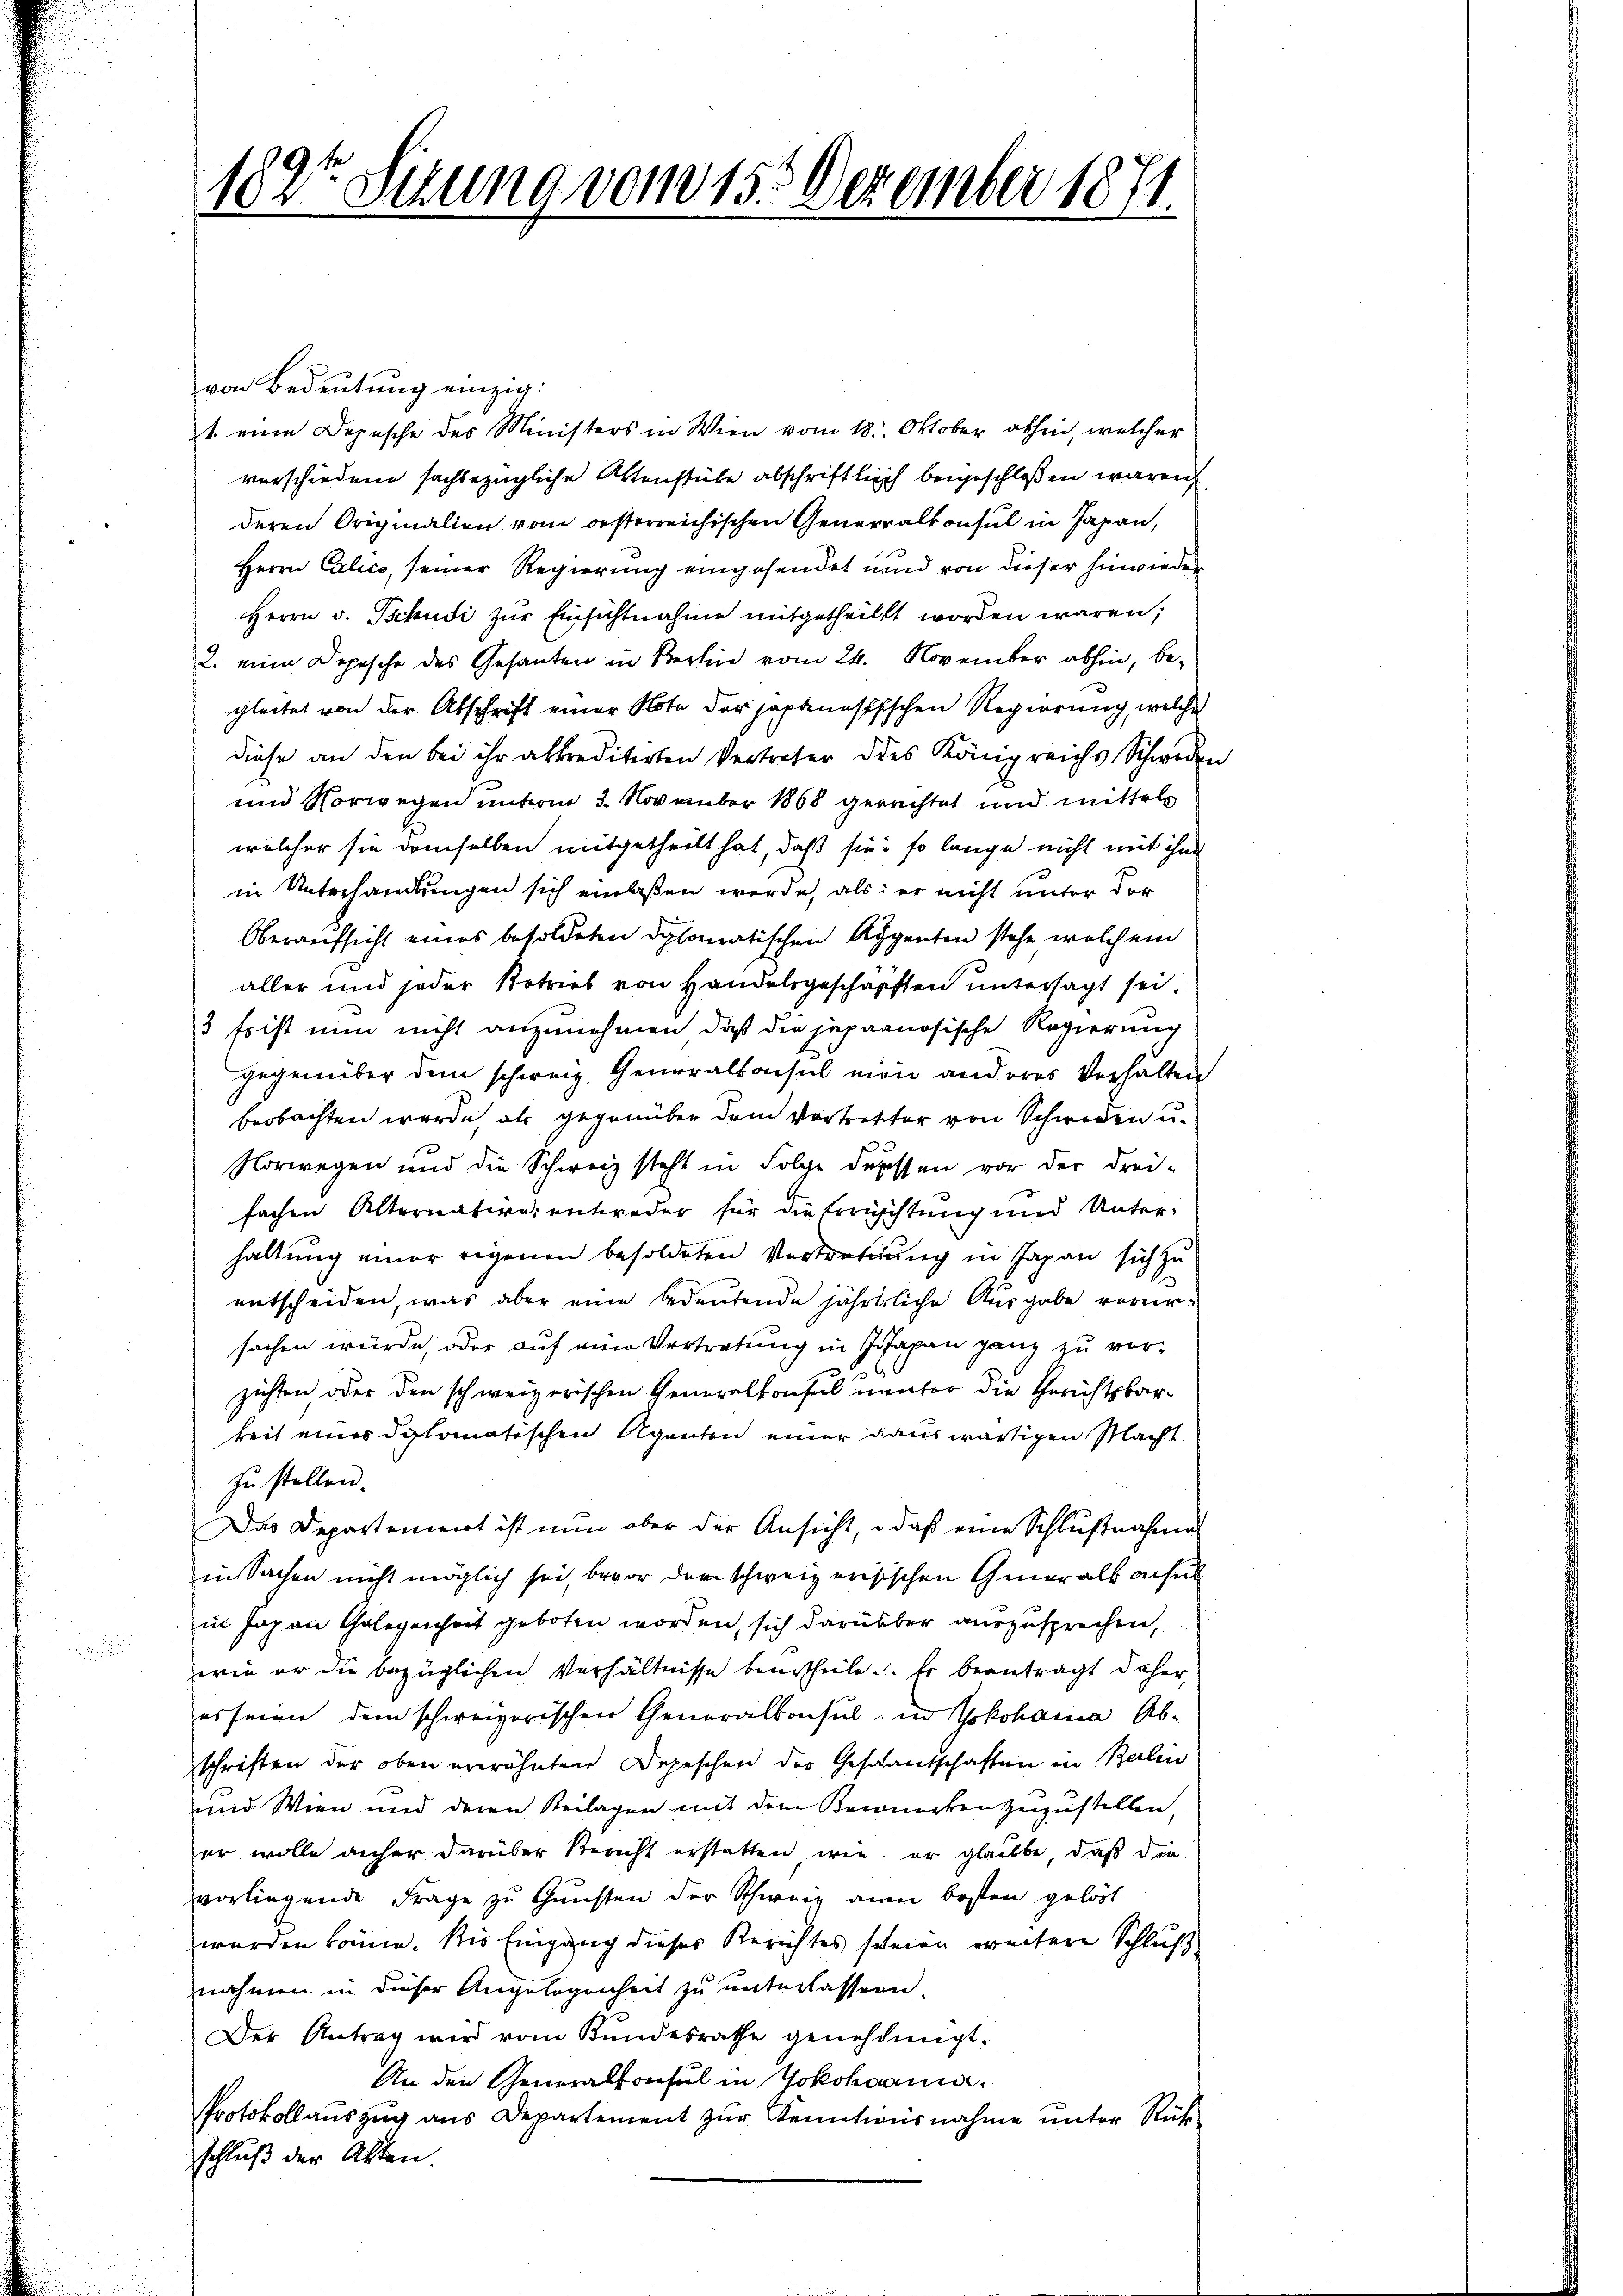
182te Sekung vom 15. Dezember 1871.

von Bedeutung einzig:
t. eine Depesche des Ministers in Wien vom 18. Oktober abhin, welcher
verschiedene sachbezügliche Wenstüke abschriftlich beigeschloßen wären,
deren Originalien vom oesterreichischen Generalkonsul in Japan,
Herrn Calico, seiner Regierung eingesendet unnd von dieser hinwieder
Herrn v. Tschudi zur Einsichtnahme mitgetheilt worden wären;
2. eine Depesche des Gesanten in Berlin vom 24. November abhin, begleitet von der Abschrift einer Note der japanesischen Regierung, welche
diese an den bei ihr abkrediterten Vertreter des Königreichs Schweder
und Vorwegen unterm 3. November 1868 gerechtet und mittels
welcher sie demselben mitgetheilt hat, daß sie so lange nicht mit ihm
in Unterhandlungen sich einlaßen werde, als er nicht unter der
Oberaufsicht eines besoldeten Diplomatischen Augenten stehe, welchem
aller und jeder Betrieb von Handelsgeschärften untersagt sei.
3 fr ist nun nicht anzunehmen, daß die jepaanösische Regierung
gegenüber dem schweiz. Generalkonsul eien anderes Verhalten
beobachten werde, als gegenüber dem Vortretter von Schweren u.
Norwegen und die Schweiz steht in Folge deressen vor der drei-
fachen Alternative entweder für die Errichtung und Unter-
haltung einer eigenen besoldeten Vertretung in Japan sich zu
entscheiden, was aber eine bedeutende jährliche Ausgabe verursachen würde, oder auf eine Vertretung in Japan ganz zu verzichten, oder den schweizerischen Generalkonsul unter die Gerichtsbarkeit eines diplomatischen Agenten einer auswärtigen Macht
zu stellen.
Das Departenient ist nun aber der Ansicht, daß eine Schlußnahme
in Sachen nicht möglich sei, bevor der schweizerisischen Generalkonsul
in Japan Gelegenheit geboten worden, sich darüber auszusprechen,
wie er die bezüglichen Verhältnisse beurtheile. Er beantragt daher,
es seien dem schweizerischen Generalkonsul in Yokohama Abschriften der oben erwähnten Depeschen der Gesantschaften in Balin
und Wien und deren Beilagen mit dem Bewerken zuzustellen,
er wolle anher darüber Bericht erstatten wie er glaubte, daß die
vorliegende Frage zu Gunsten der Schweiz am besten gelöst
wurden könne. Die Eingang dieses Berichtes scheien weitere Schluß
nahmen in dieser Angelegenheit zu unterlassen.
Der Antrag wird vom Kundesrathe genehmigt.
An den Generalkonsul in Yokohaani¬
Protokollaŭszŭg ans Departement zŭr Kenntwürnahme ŭnter Rück-
schluß der Akten.